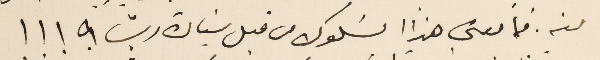
منه. فما معنى هذا السَلوك من قبل سَيادة ريشا ؟ ! ! !